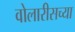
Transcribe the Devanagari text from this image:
वोलारीसच्या